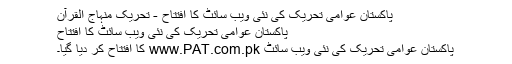
پاکستان عوامی تحریک کی نئی ویب سائٹ کا افتتاح - تحریک منہاج القرآن
پاکستان عوامی تحریک کی نئی ویب سائٹ کا افتتاح
پاکستان عوامی تحریک کی نئی ویب سائٹ www.PAT.com.pk کا افتتاح کر دیا گیا۔